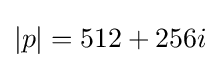
|p|=512+256i